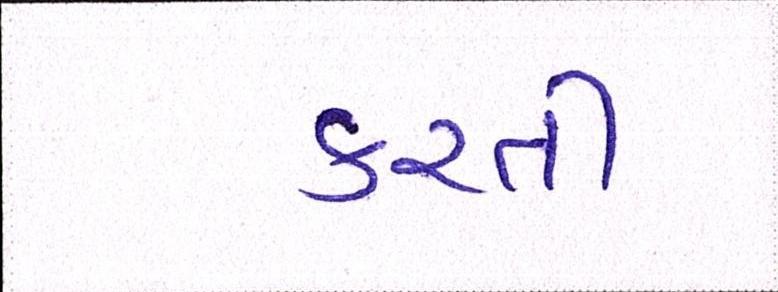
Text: કરતી